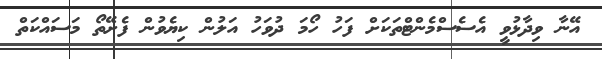
އޭނާ ވިދާޅުވީ އެސެސްމެންޓްތަކަށް ފަހު ހޯމަ ދުވަހު އަލުން ކިޔެވުން ފެށޭތޯ މަސައްކަތް